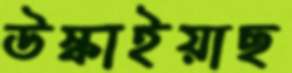
উস্‌কাইয়াছ